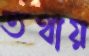
তথায়